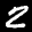
Label: 2